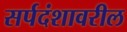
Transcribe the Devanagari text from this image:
सर्पदंशावरील